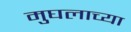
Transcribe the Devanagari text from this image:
मुघलाच्या